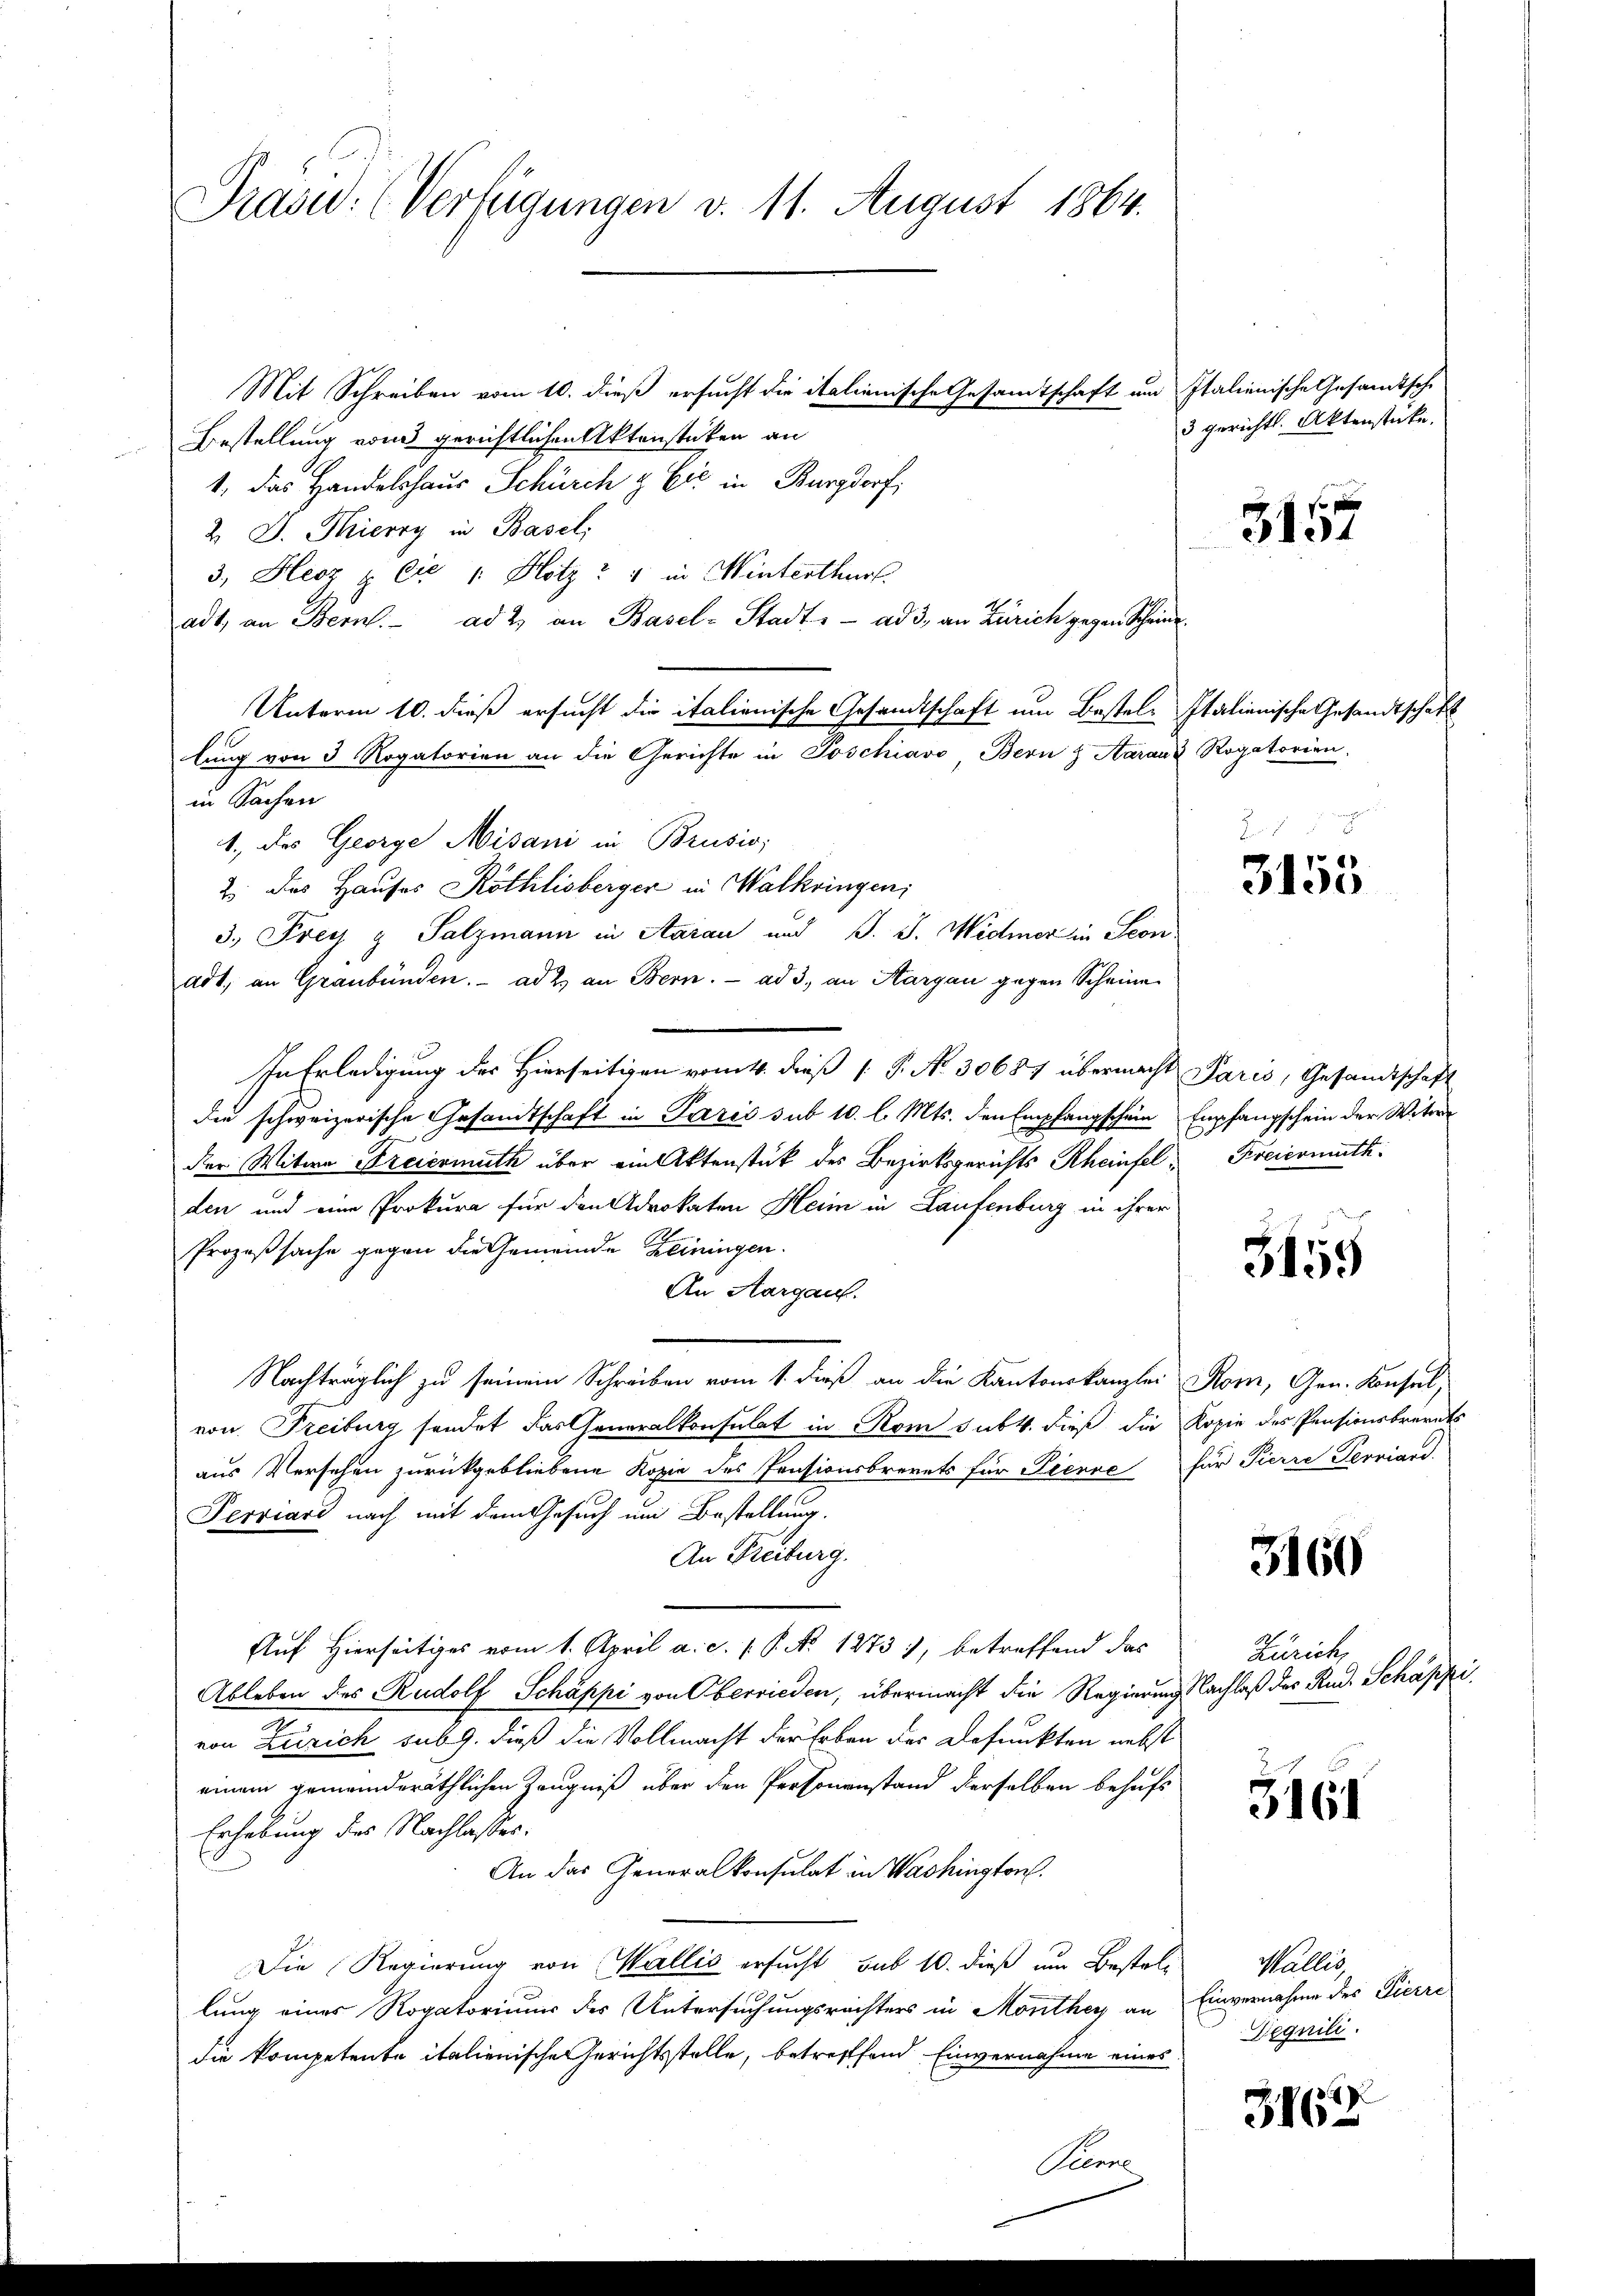
Präsid. (Verfügungen v. 11. August 1864.

Mit Schreiben vom 10. dieß ersucht die italienische Gesamtschaft und Italienische Gesandtsche
Bestellung von gerichtlichen Aktenstücken an
1, das Handelshaus Schürch & Eić in Burgdorf,
2 J. Thierry in Basel,
3., Herz. Cie 1. Hotz? 4 in Winterthur
adt, an Bern. ad 2. an Basel-Stadt, ad 3, an Zürich gegen Scheine
Unterm 10. dieß ersucht die italienische Gesandtschaft um Bestel- Italienische Gesandtschaft
lung von 3 Rogatorien an die Gerichte in Poschiavo Bern & Aaraus Rogatorien,
in Sachen
1., des George Misani in Brusio;
2 des Hauses Röthlisberger in Walkringen;
3.) Frey g Salzmann in Aarau und J. J. Widmer in Seon
adt, an Graubünden. ad 2. an Bern. ad 3., an Hargau gegen Scheine
In Erledigung des Hierseitigen vom 4. dieß [ P. N. 30687 übermacht Paris, Gesandtschaft
die schweizerische Gesandtschaft in Paris sub 10. l. Mts. den Empfangschein Empfangschein der Witw
der Witwe Freiermuth über ein Aktenstück des Bezirksgerichts Rheinfel Freiermuth
den und eine Prokura für den Advokaten Heim in Laufenburg in ihrer
Prozeßsache gegen die Gemeinde Zeiningen.
An Aargau.
Nachträglich zu seinem Schreiben vom 1. dieß an die Kantonskanzlei Rom, Gen. Konsul,
von Freiburg sendet das Generalkonsulat in Rom sub 4. dieß die Kopie des Pensionsberats
aus Versehen zurückgebliebene Kopie des Pensionsbrevets für Pierre für Pierre Serviard.
Perriard nach mit dem Gesuch um Bestellung.
An Freiburg.
Auf Hierseitiges vom 1. April a. c. 1 S. No 1273), betreffend das
Ableben des Rudolf Schäppi von Oberrieden, übermacht die Regierungsachlaß des Rud. Schäppi,
von Zürich sub 9. dieß die Vollmacht der Erben der Befunkten nebst
einem gemeinderäthlichen Zeugniß über den Personenstand derselben behufs
Erhebung des Nachlasser.
An das Generalkonsulat in Washington.
Die Regierung von Wallis ersucht sub 10. dieß um Bestel-
lung eines Rogatoriuum des Untersuchungsrechters in Monthey an Einvernahme des Pierre
die kompetente italienische Gerichtsstelle, betreffend Einvernahme eines

Pierre

3 gerichtl. Aktenstücke.
3157

.
.
Fr

3155

3455

3160

Zürich,

3161

Wallis,
Geqnili.

3163